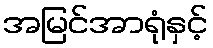
အမြင်အာရုံနှင့်